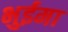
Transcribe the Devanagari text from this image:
भुईमा